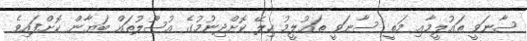
ސާނަވީ ތައުލީމާއި މަތީ ސާނަވީ ތައުލީމު ހިލޭ ކޮށްދިނުމުގެ އުސޫލުތައް ބަޔާން ކޮށްފައިވެ